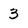
Character: 3